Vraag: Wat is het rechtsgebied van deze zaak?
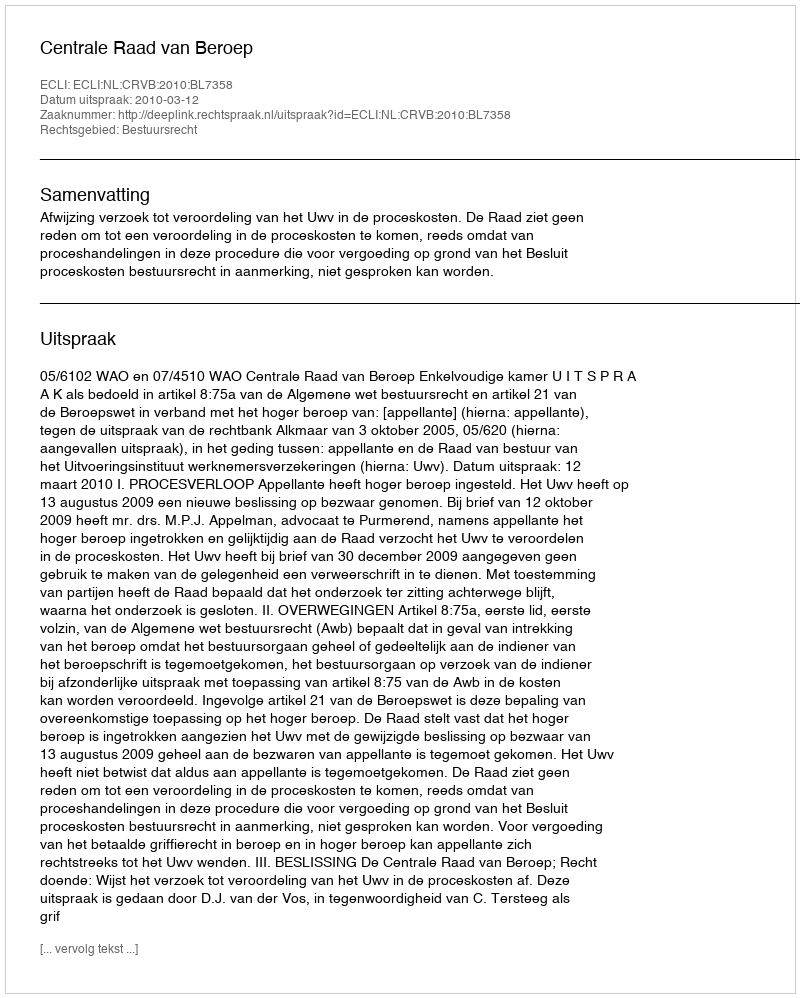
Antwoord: Bestuursrecht